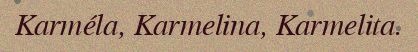
Karméla, Karmelina, Karmelita.